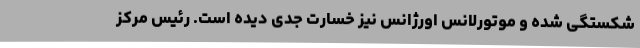
شکستگی شده و موتورلانس اورژانس نیز خسارت جدی دیده است. رئیس مرکز